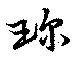
珍